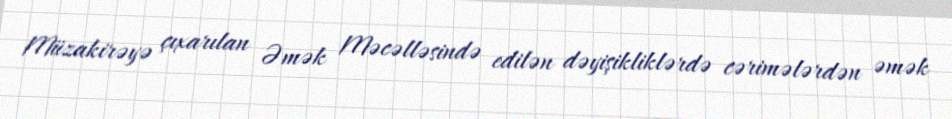
Müzakirəyə çıxarılan Əmək Məcəlləsində edilən dəyişikliklərdə cərimələrdən əmək